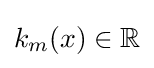
k_{m}(x)\in \mathbb {R}